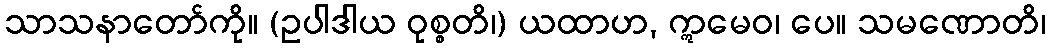
သာသနာတော်ကို။ (ဥပါဒါယ ဝုစ္စတိ၊) ယထာဟ, ဣမေဝ၊ ပေ။ သမဏောတိ၊